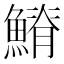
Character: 𩺀